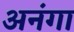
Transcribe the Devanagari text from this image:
अनंगा